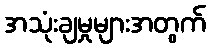
အသုံးချမှုများအတွက်